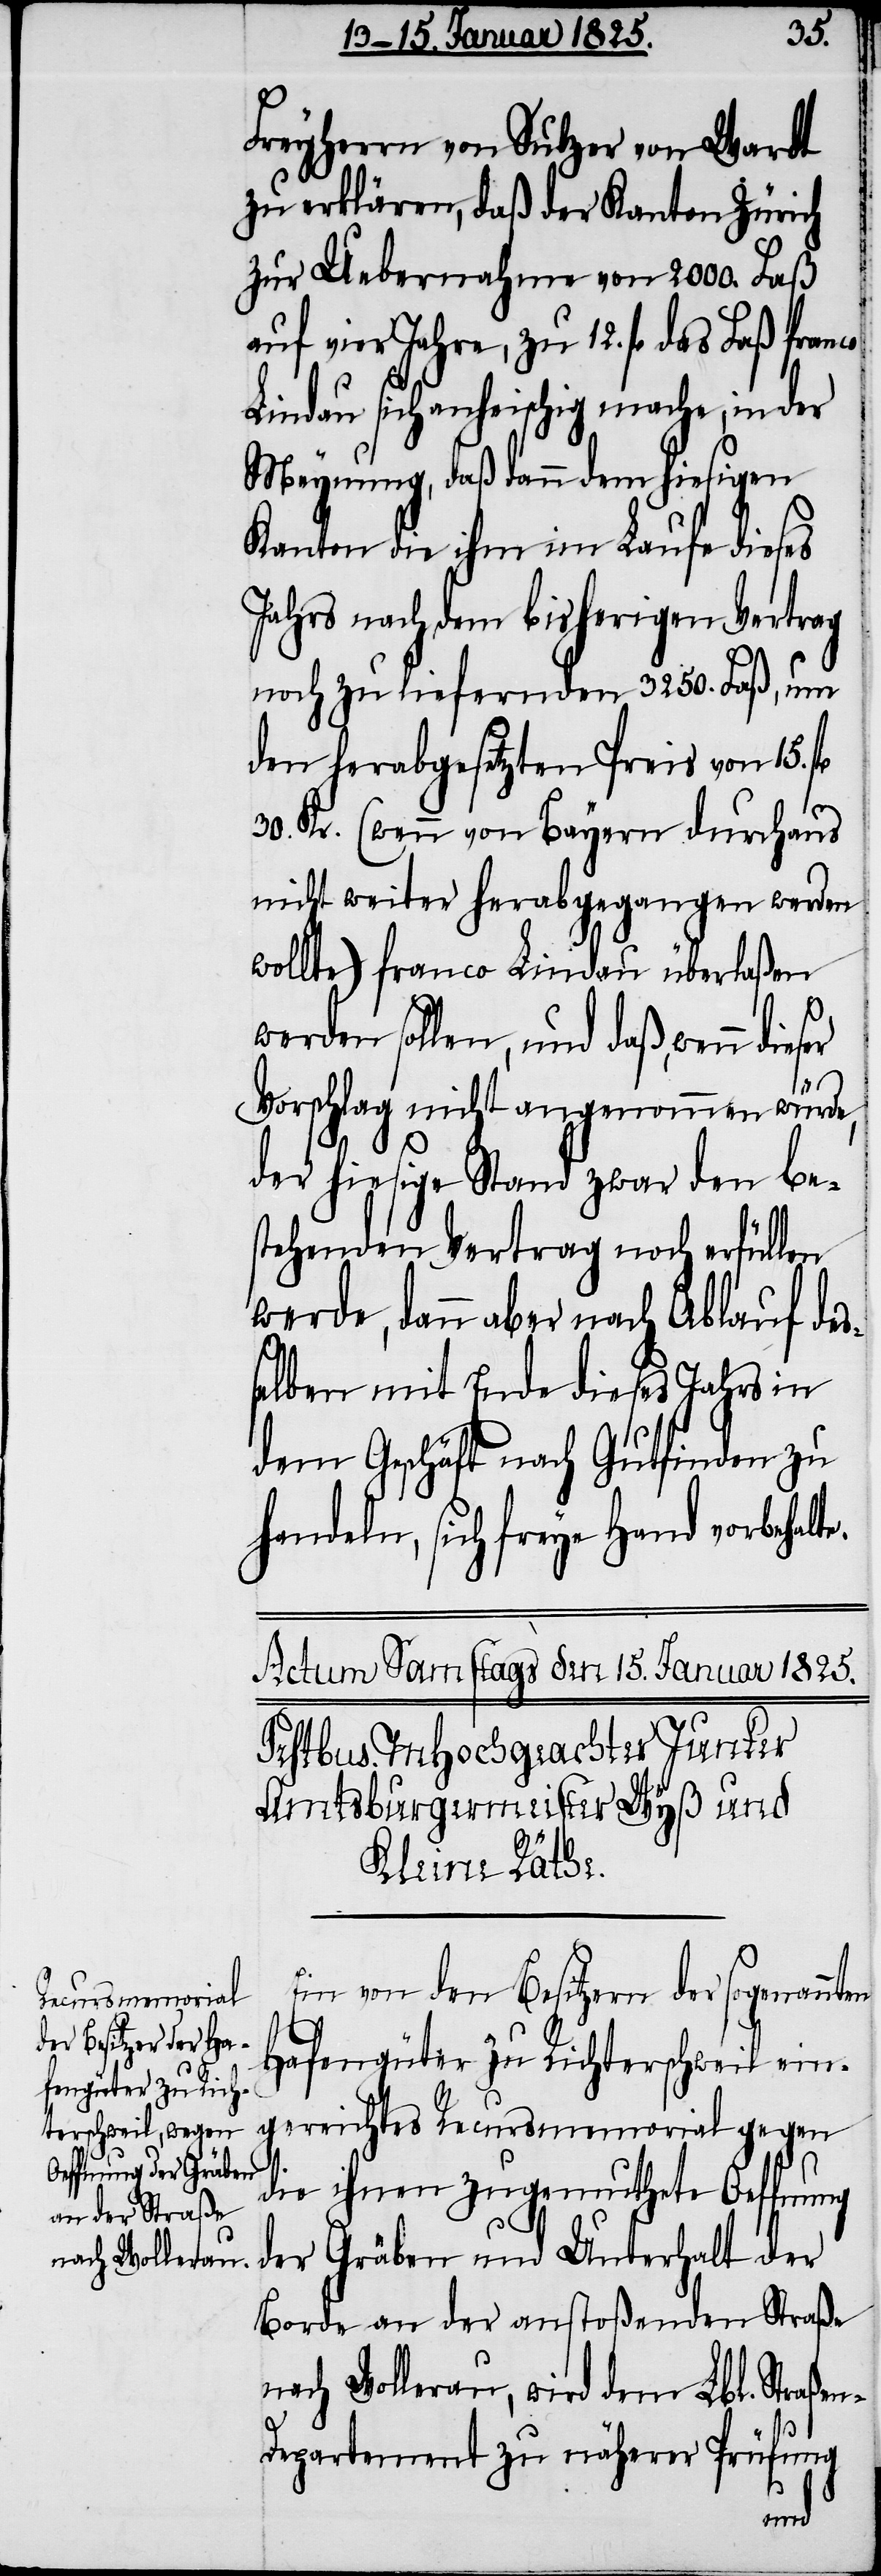
Freyherrn von Sulzer von Wardt
zu erklären, daß der Kanton Zürich
zur Uebernahme von 2000. Faß
auf vier Jahre, zu 12. fl. das Faß
Lindau sich anheischig mache, in der
Meynung, daß dann dem hiesigen
Kanton die ihm im Laufe dieses
Jahrs nach dem bisherigen Vertrag
noch zu liefernden 3250. Faß, um
den herabgesetzten Preis von 15. f¬
30. Kr. (wenn von Bayern durchaus
nicht weiter herabgegangen werden
wollte) franco Lindau überlaßen
werden sollen, und daß, wenn
Vorschlag nicht angenommen würde,
der hiesige Stand zwar den be¬
stehenden Vertrag noch erfüllen
werde, dann aber nach Ablauf des¬
selben mit Ende dieses Jahrs in
dem Geschäft nach Gutfinden zu
handeln, sich freye Hand vorbehalt¬
Ein von den Besitzern der sogenannten
Hafengüter zu Richterschweil ein¬
gereichtes Recursmemorial gegen
e.
die ihnen zugemuthete Oeffnung
der Gräben und Unterhalt der
Borde an der anstoßenden Straße
nach Wollerau, wird dem Lbl. Straße¬
n-Departement zu näherer Prüfung